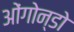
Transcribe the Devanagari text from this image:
ओंगोन्डो